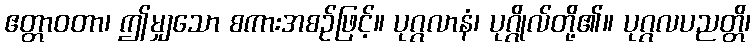
ဧတ္တာဝတာ၊ ဤမျှသော စကားအစဉ်ဖြင့်။ ပုဂ္ဂလာနံ၊ ပုဂ္ဂိုလ်တို့၏။ ပုဂ္ဂလပညတ္တိ၊